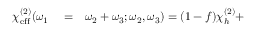
\begin{array} { r l r } { \chi _ { \mathrm { e f f } } ^ { ( 2 ) } ( \omega _ { 1 } } & { { } = } & { \omega _ { 2 } + \omega _ { 3 } ; \omega _ { 2 } , \omega _ { 3 } ) = ( 1 - f ) \chi _ { h } ^ { ( 2 ) } + } \end{array}